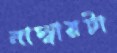
নাম্বারটা